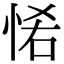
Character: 𢙵